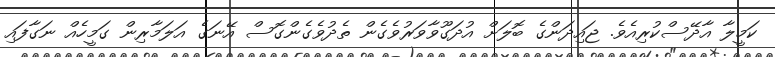
ކަމީލާ އާދޭސްކުރިއެވެ. ޖައިދަންގެ ބޮލަށް އުދަގޫވާވަރުވެގެން ތެދުވެގެންގޮސް އޭނަގެ އަލަމާރިން ގަމީހެއް ނަގާފައި